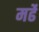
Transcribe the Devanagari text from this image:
मर्ढे